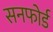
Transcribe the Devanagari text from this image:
सनफोर्ड